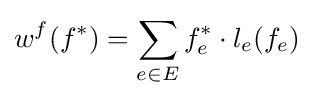
w^{f}(f^{*})=\sum _{e\in E}{f_{e}^{*}\cdot l_{e}(f_{e})}